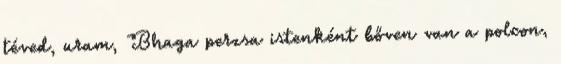
téved, uram, Bhaga perzsa istenként bőven van a polcon,